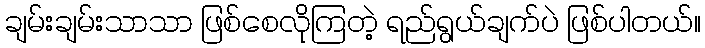
ချမ်းချမ်းသာသာ ဖြစ်စေလိုကြတဲ့ ရည်ရွယ်ချက်ပဲ ဖြစ်ပါတယ်။